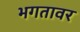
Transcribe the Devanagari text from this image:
भगतावर